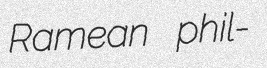
Ramean phil-